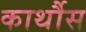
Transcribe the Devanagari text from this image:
कार्थौस